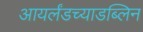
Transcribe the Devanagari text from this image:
आयर्लंडच्याडब्लिन